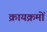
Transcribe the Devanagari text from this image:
क्रायक्रमों